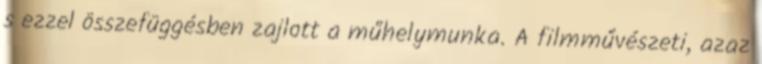
s ezzel összefüggésben zajlott a műhelymunka. A filmművészeti, azaz